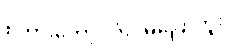
စကားတော့ လုံးဝမပြောဘူး။